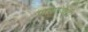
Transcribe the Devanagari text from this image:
प्राण्यांवरही